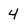
Character: 4